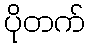
ပိုတက်